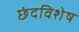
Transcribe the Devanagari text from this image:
छंदविशेष